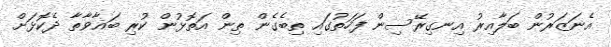
އެނަޒަރުން ބަލާއިރު އިނގިރޭސިން ފަހަތުގައި ތިބެގެން ތިން އަތޮޅުން ކުރި ބަޣާވާތާ ދެކޮޅަށް